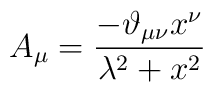
A_{\mu} = \frac{-\vartheta _{\mu \nu} x^\nu  }{\lambda ^2+ x^2}